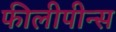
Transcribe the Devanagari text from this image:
फीलीपीन्स